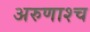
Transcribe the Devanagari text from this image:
अरुणाश्‍च